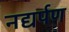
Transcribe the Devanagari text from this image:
नद्यर्पण